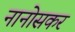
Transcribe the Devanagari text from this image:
नानोसकर